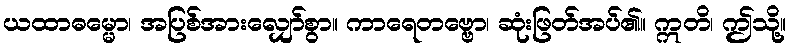
ယထာဓမ္မော၊ အပြစ်အားလျှော်စွာ။ ကာရေတဗ္ဗော၊ ဆုံးဖြတ်အပ်၏။ ဣတိ၊ ဤသို့။